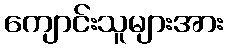
ကျောင်းသူများအား